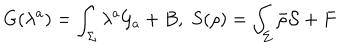
LaTeX: G ( \lambda ^ { a } ) = \int _ { \Sigma } \lambda ^ { a } { \cal G } _ { a } + B , \; S ( \rho ) = \int _ { \Sigma } \bar { \rho } { \cal S } + F